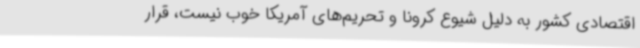
اقتصادی کشور به دلیل شیوع کرونا و تحریم‌های آمریکا خوب نیست، قرار